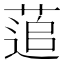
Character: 𮐕